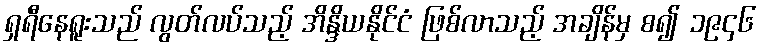
ရှရီနေရူးသည် လွတ်လပ်သည့် အိန္ဒိယနိုင်ငံ ဖြစ်လာသည့် အချိန်မှ စ၍ ၁၉၄၆